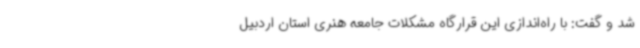
شد و گفت: با راه‌اندازی این قرارگاه مشکلات جامعه هنری استان اردبیل